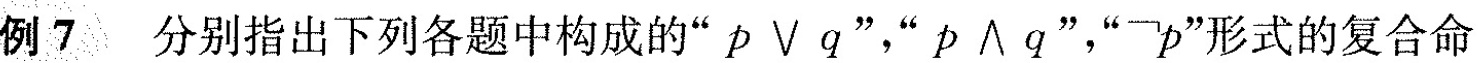
例7 分别指出下列各题中构成的“p\vee q““p\vee q”，“\neg p”形式的复合命